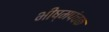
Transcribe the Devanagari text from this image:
भीष्मपंचक